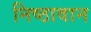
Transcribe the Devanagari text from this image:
निष्‍ठावान